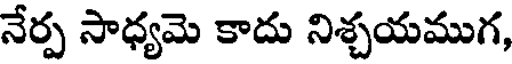
నేర్ప సాధ్యమె కాదు నిశ్చయముగ,